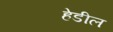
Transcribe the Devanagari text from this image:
हेडील